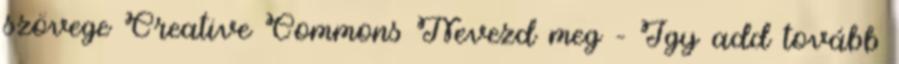
szövege Creative Commons Nevezd meg – Így add tovább